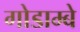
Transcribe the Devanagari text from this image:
गोडाम्बे